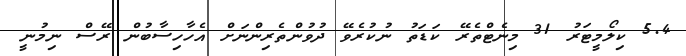
5.4 ކިލޯމީޓަރު 31 މިނެޓްތެރޭ ކަޑަތު ނުކުރެވޭ ދުވުންތެރިންނަށް އެހާހިސާބުން ރޭސް ނިމުނީ